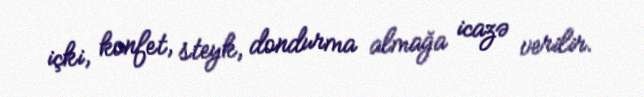
içki, konfet, steyk, dondurma almağa icazə verilir.